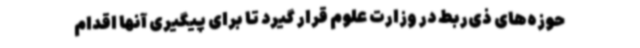
حوزه‌های ذی‌ربط در وزارت علوم قرار گیرد تا برای پیگیری آنها اقدام